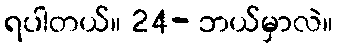
ရပါတယ်။ 24- ဘယ်မှာလဲ။